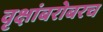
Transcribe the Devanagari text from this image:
वृक्षांबरोबरच